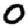
Digit: 0